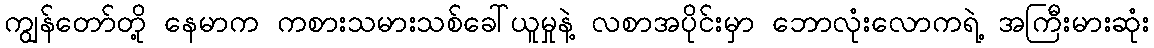
ကျွန်တော်တို့ နေမာက ကစားသမားသစ်ခေါ်ယူမှုနဲ့ လစာအပိုင်းမှာ ဘောလုံးလောကရဲ့ အကြီးမားဆုံး